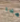
هذا